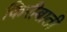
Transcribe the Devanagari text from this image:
किरीबाती